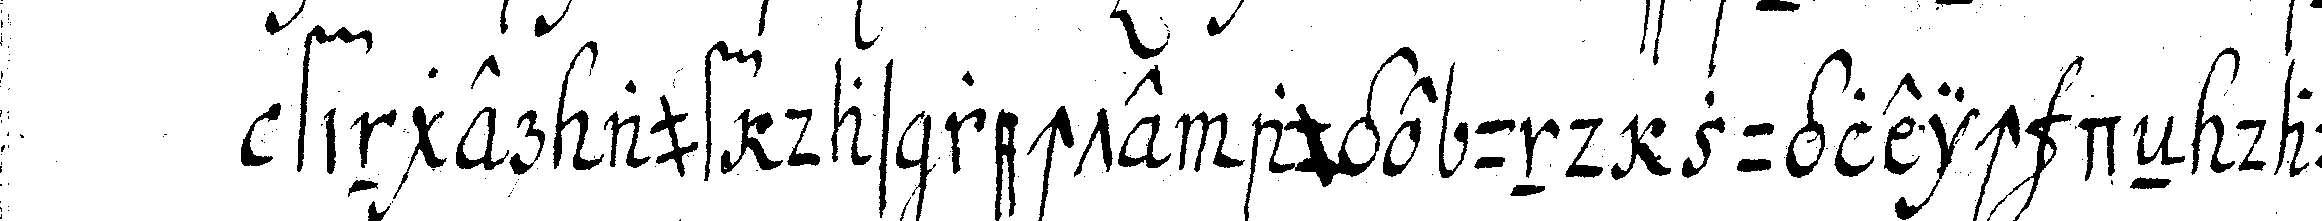
finger auf das rechte auge und zugleich deN dau